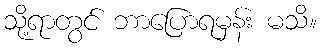
သို့ရာတွင် ဘာပြောရမှန်း မသိ။